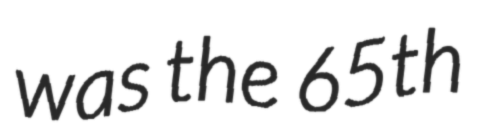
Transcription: was the 65th